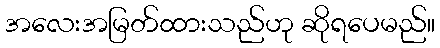
အလေးအမြတ်ထားသည်ဟု ဆိုရပေမည်။